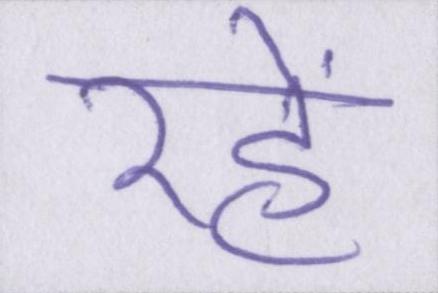
रहें